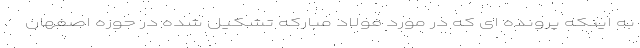
به اینکه پرونده ای که در مورد فولاد مبارکه تشکیل شده در حوزه اصفهان